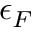
\epsilon _ { F }